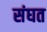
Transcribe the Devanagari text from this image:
संघत